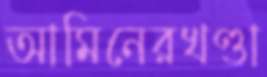
আমিনেরখণ্ডা